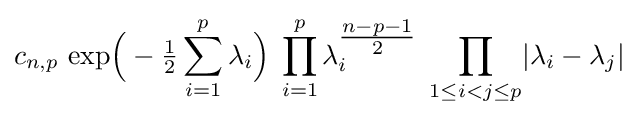
c_{n,p}\,\exp \!{\Big (}-{\tfrac {1}{2}}\sum _{i=1}^{p}\lambda _{i}{\Big )}\;\prod _{i=1}^{p}\lambda _{i}^{\tfrac {n-p-1}{2}}\;\prod _{1\leq i<j\leq p}\!|\lambda _{i}-\lambda _{j}|